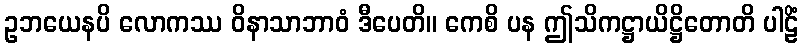
ဥဘယေနပိ လောကဿ ဝိနာသာဘာဝံ ဒီပေတိ။ ကေစိ ပန ဤသိကဋ္ဌာယိဋ္ဌိတောတိ ပါဠိံ